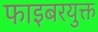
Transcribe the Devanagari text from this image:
फाइबरयुक्त